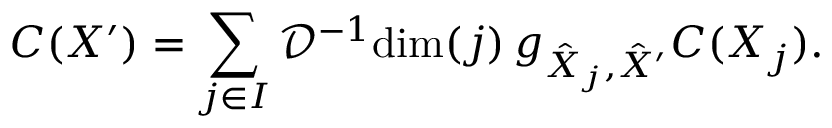
C ( X ^ { \prime } ) = \sum _ { j \in I } \mathcal { D } ^ { - 1 } \mathrm { d i m } ( j ) \, g _ { \hat { X } _ { j } , \hat { X } ^ { \prime } } C ( X _ { j } ) .